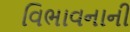
વિભાવનાની